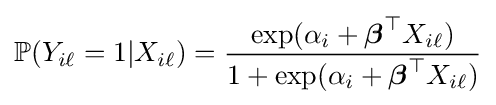
\mathbb {P} (Y_{i\ell }=1|X_{i\ell })={\frac {\exp(\alpha _{i}+{\boldsymbol {\beta }}^{\top }X_{i\ell })}{1+\exp(\alpha _{i}+{\boldsymbol {\beta }}^{\top }X_{i\ell })}}